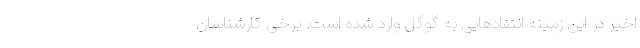
اخیر در این زمینه انتقادهایی به گوگل وارد شده است. برخی کارشناسان